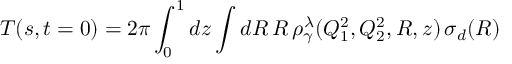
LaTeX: T ( s , t = 0 ) = 2 \pi \int _ { 0 } ^ { 1 } d z \int d R \, R \, \rho _ { \gamma } ^ { \lambda } ( Q _ { 1 } ^ { 2 } , Q _ { 2 } ^ { 2 } , R , z ) \, \sigma _ { d } ( R )